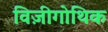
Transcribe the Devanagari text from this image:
विज़ीगोथिक